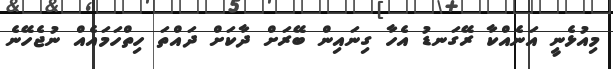
މިއުޅެނީ އަނެއްކާ ރޭގަނޑު އެހާ ގިނައިން ބޭރަށް ދާކަށް ދައްތަ ހިތްހަމައެއް ނުޖެހޭނެ